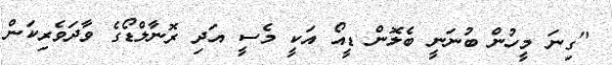
"ގިނަ މީހުން ބުނަނީ ބެލޮން ޑީއޯ އަކީ މެސީ އަދި ރޮނާލްޑޯގެ ވާދަވެރިކަން